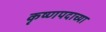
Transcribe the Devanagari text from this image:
कृष्णपदाच्या